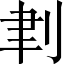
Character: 𠜈